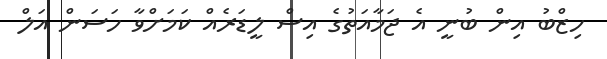
ހިޒްބު އިން ބުނީ އެ ޖަމާއަތުގެ އިސް ލީޑަރެއް ކަމަށްވާ ހަސަން އަލް